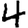
Digit: 4